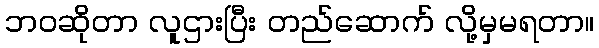
ဘဝဆိုတာ လူဌားပြီး တည်ဆောက် လို့မှမရတာ။